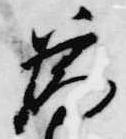
為